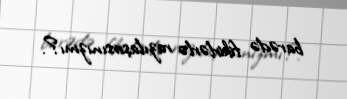
barədə fikirlərlə razılaşırsınızmı?.